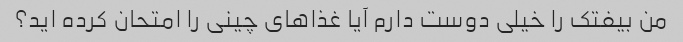
من بیفتک را خیلی دوست دارم آیا غذاهای چینی را امتحان کرده اید؟